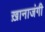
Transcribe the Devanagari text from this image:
ख़ानाजंगी